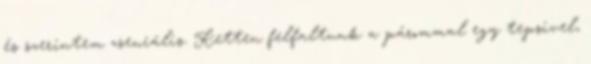
és szerintem zseniális. Ketten felfaltunk a párommal egy tepsivel,